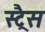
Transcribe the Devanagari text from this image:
स्ट्रैस